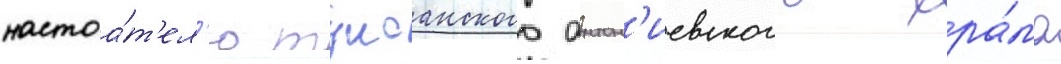
настоа́т'ел'ю тулсанского антон'иевского хра́ма